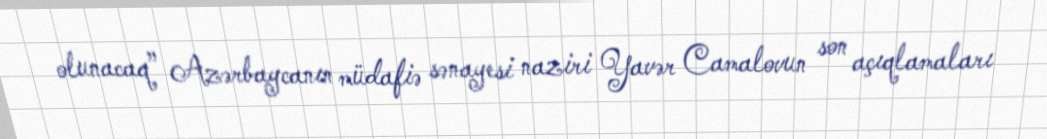
olunacaq” Azərbaycanın müdafiə sənayesi naziri Yavər Camalovun son açıqlamaları